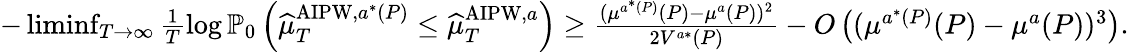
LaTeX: \begin{array}{r}{-\operatorname*{liminf}_{T\to\infty}\frac{1}{T}\log\mathbb{P}_{0}\left(\widehat{\mu}_{T}^{\mathrm{AIPW},a^{*}(P)}\leq\widehat{\mu}_{T}^{\mathrm{AIPW},a}\right)\geq\frac{(\mu^{a^{*}(P)}(P)-\mu^{a}(P))^{2}}{2V^{a*}(P)}-O\left((\mu^{a^{*}(P)}(P)-\mu^{a}(P))^{3}\right).}\end{array}